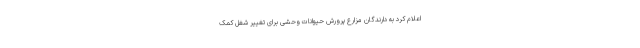
اعلام کرد به دارندگان مزارع پرورش حیوانات وحشی برای تغییر شغل کمک